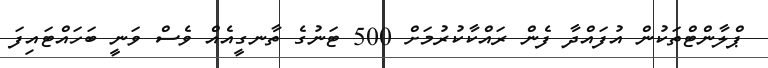
ޕްލާންޓްތަކުން އުފައްދާ ފެން ރައްކާކުރުމަށް 500 ޓަނުގެ ތާނގީއެއް ވެސް ވަނީ ބަހައްޓައިފަ